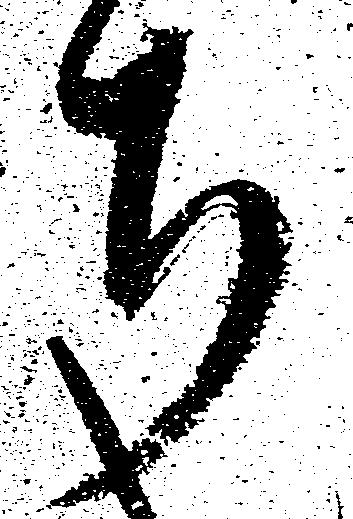
ち